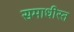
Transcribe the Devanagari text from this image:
समाधीस्त